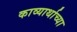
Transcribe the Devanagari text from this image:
काव्यार्थाच्या